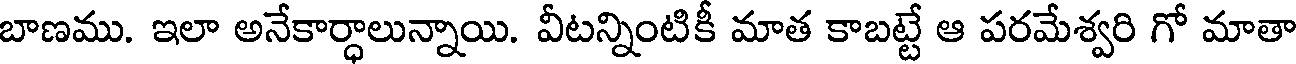
బాణము. ఇలా అనేకార్ధాలున్నాయి. వీటన్నింటికీ మాత కాబట్టే ఆ పరమేశ్వరి గో మాతా